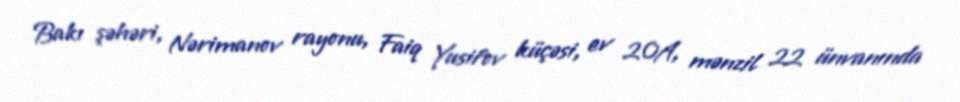
Bakı şəhəri, Nərimanov rayonu, Faiq Yusifov küçəsi, ev 20A, mənzil 22 ünvanında